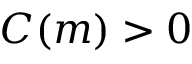
C ( m ) > 0